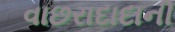
વાછરાદાદાની